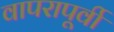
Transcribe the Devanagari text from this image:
वापरापूर्वी